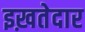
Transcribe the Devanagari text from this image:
इख़तेदार